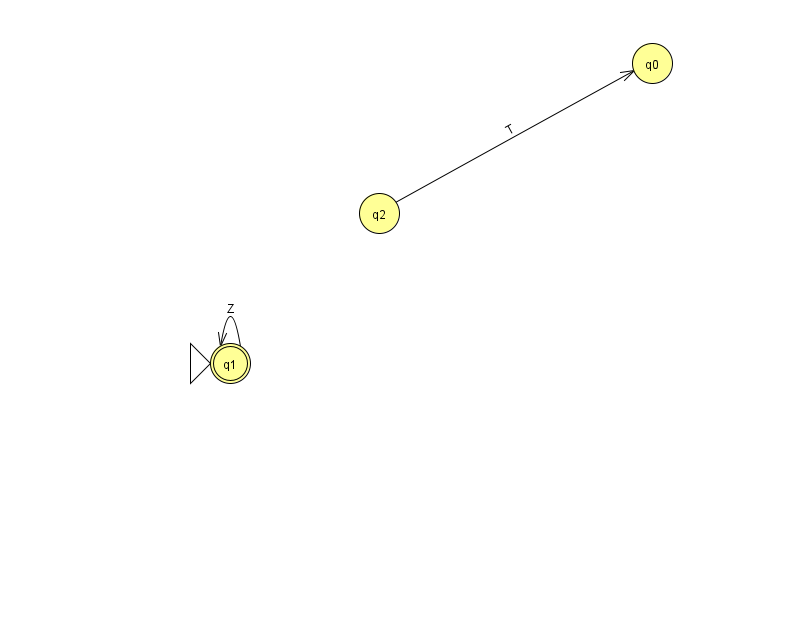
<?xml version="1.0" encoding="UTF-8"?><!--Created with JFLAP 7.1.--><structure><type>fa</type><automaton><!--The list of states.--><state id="0" name="q0"><x>652.0</x><y>50.0</y></state><state id="1" name="q1"><x>230.0</x><y>350.0</y><initial/><final/></state><state id="2" name="q2"><x>379.0</x><y>200.0</y></state><!--The list of transitions.--><transition><from>1</from><to>1</to><read>Z</read></transition><transition><from>2</from><to>0</to><read>T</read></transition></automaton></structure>